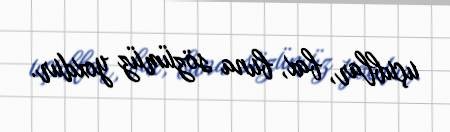
uçublar, bax, buna sözümüz yoxdur.